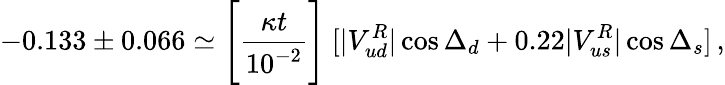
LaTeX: -0.133\pm 0.066\simeq\Bigg[{\frac{\kappa t}{10^{-2}}}\Bigg]~[|V_{ud}^{R}|\cos\Delta_{d}+0.22|V_{us}^{R}|\cos\Delta_{s}]\, ,